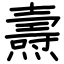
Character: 燾